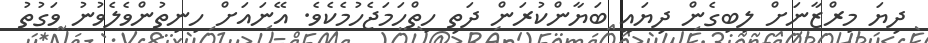
ދިޔަ މިރްޒާނަށް ލިބިގެން ދިޔައީ ބަޔާންކުރަން ދަތި ހިތްހަމަޖެހުމެކެވެ. އޭނައަށް ހިނިތުންވެލެވުނު ވަގުތު